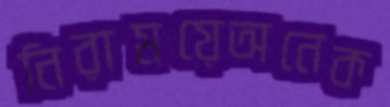
নিরাময়েঅনেক